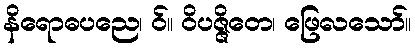
နိရောဓပညေ၊ ဝ်။ ဝိပဇ္ဇိတေ၊ ဖြေလသော်။